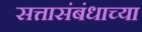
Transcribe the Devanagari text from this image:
सत्तासंबंधाच्या